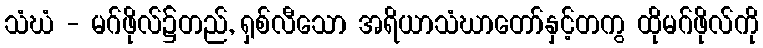
သံဃံ - မဂ်ဖိုလ်၌တည်, ရှစ်လီသော အရိယာသံဃာတော်နှင့်တကွ ထိုမဂ်ဖိုလ်ကို